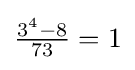
{\tfrac {3^{4}-8}{73}}=1